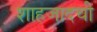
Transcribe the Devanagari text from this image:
शाहजादची